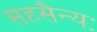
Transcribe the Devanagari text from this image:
सहसैन्यः